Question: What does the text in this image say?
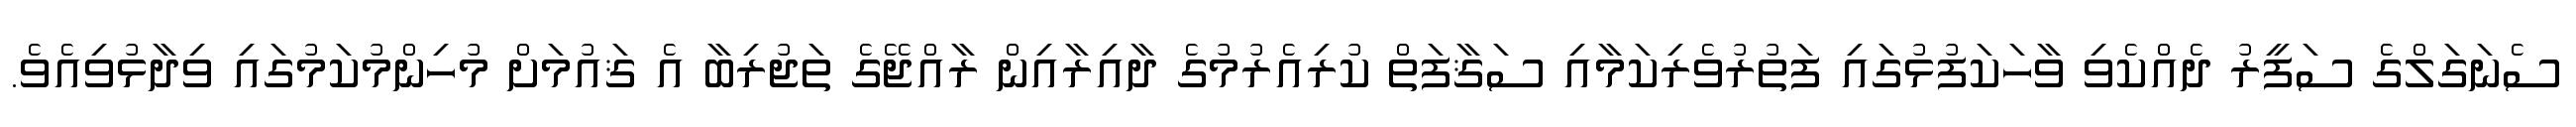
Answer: ސެނަގަލްގެ ސަފީރު ދެއްކެވި ވާހަކަފުޅުގައި ފަތުރުވެރިކަމާއި ސަޤާފަތް ކުރިއެރުމުގެ ދާއިރާއިން ރާއްޖޭގެ ތަޖުރިބާ އެ ޤައުމަށް މުހިންމުކަމުގައި ވިދާޅުވިއެވެ.